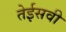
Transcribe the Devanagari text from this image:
तेईसवी